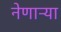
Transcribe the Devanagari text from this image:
नेणाऱ्‍या